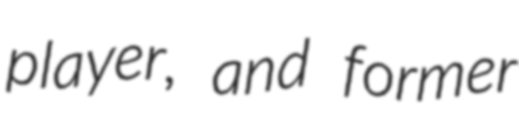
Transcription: player, and former